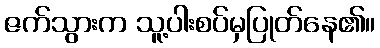
ဇက်သွားက သူ့ပါးစပ်မှပြုတ်နေ၏။